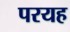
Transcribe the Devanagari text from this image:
परयह